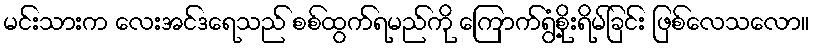
မင်းသားက လေးအင်ဒရေသည် စစ်ထွက်ရမည်ကို ကြောက်ရွံ့စိုးရိမ်ခြင်း ဖြစ်လေသလော။